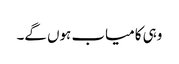
وہی کامیاب ہوں گے۔